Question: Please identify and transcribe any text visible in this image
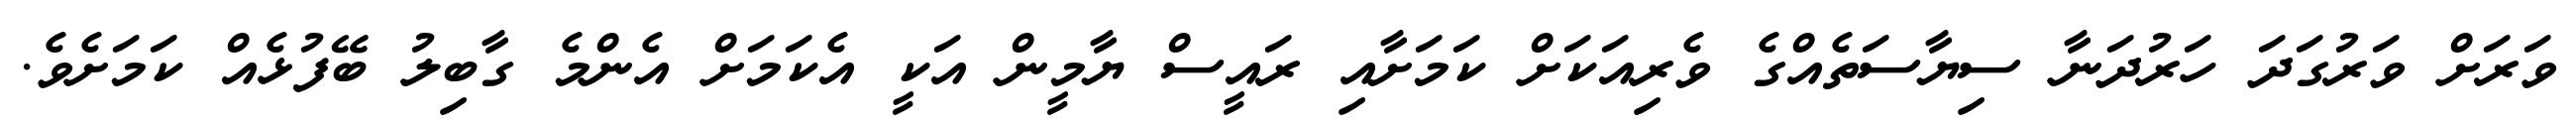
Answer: ވަރަށް ވަރުގަދަ ހަރުދަނާ ސިޔާސަތެއްގެ ވެރިއަކަށް ކަމަށާއި ރައީސް ޔާމީން އަކީ އެކަމަށް އެންމެ ގާބިލު ބޭފުޅެއް ކަމަށެވެ.